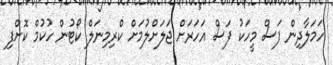
ހަމަލާދިން ފަސް މީހަކު ފަސް އަހަރަށް ޖަލަށްލުމަށް ކްރިމިނަލް ކޯޓުން ހުކުމް ކޮށްފި